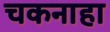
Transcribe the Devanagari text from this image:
चकनाहा